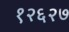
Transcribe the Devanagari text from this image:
१२६२७